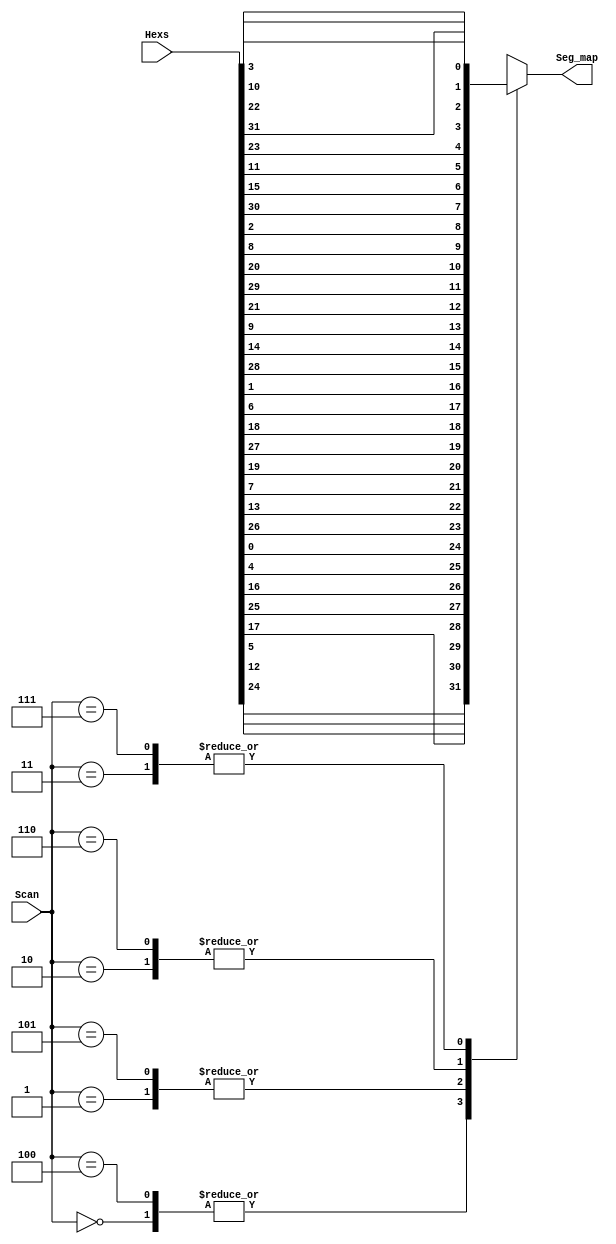
`timescale 1ns / 1ps
//////////////////////////////////////////////////////////////////////////////////
// Company: 
// Engineer: 
// 
// Design Name: 
// Module Name:    Seg_map 
// Project Name: 
// Target Devices: 
// Tool versions: 
// Description: 
//
// Dependencies: 
//
// Revision: 
// Revision 0.01 - File Created
// Additional Comments: 
//
//////////////////////////////////////////////////////////////////////////////////
module Seg_map(
    input [31:0] Hexs,
	 input [2:0] Scan,
	 output reg [7:0] Seg_map
    );
	 
	always@*
	  case(Scan)
	    3'b000: Seg_map = {Hexs[24],Hexs[12],Hexs[5], Hexs[17],Hexs[25],Hexs[16],Hexs[4] ,Hexs[0]};
		 3'b001: Seg_map = {Hexs[26],Hexs[13],Hexs[7], Hexs[19],Hexs[27],Hexs[18],Hexs[6] ,Hexs[1]};
		 3'b010: Seg_map = {Hexs[28],Hexs[14],Hexs[9], Hexs[21],Hexs[29],Hexs[20],Hexs[8] ,Hexs[2]};
		 3'b011: Seg_map = {Hexs[30],Hexs[15],Hexs[11],Hexs[23],Hexs[31],Hexs[22],Hexs[10],Hexs[3]};
		 3'b100: Seg_map = {Hexs[24],Hexs[12],Hexs[5], Hexs[17],Hexs[25],Hexs[16],Hexs[4] ,Hexs[0]};
		 3'b101: Seg_map = {Hexs[26],Hexs[13],Hexs[7], Hexs[19],Hexs[27],Hexs[18],Hexs[6] ,Hexs[1]};
		 3'b110: Seg_map = {Hexs[28],Hexs[14],Hexs[9], Hexs[21],Hexs[29],Hexs[20],Hexs[8] ,Hexs[2]};
		 3'b111: Seg_map = {Hexs[30],Hexs[15],Hexs[11],Hexs[23],Hexs[31],Hexs[22],Hexs[10],Hexs[3]};
		endcase
endmodule